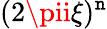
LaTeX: (2\pii\xi)^{\mathtt{n}}